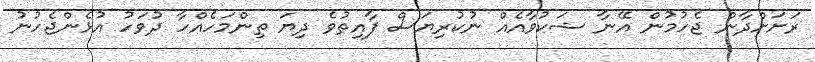
ރަށަށްދާން ޖެހުމުން އޭނާ ޝަކުވާއެއް ނުކުރިޔަސް ފާއިތުވެ ދިޔަ ތިންމަހެއްހާ ދުވަހު އުޅެންޖެހުނު